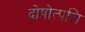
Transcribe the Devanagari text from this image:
दोषोत्पत्ति